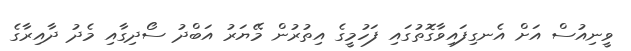
ވީނިއުސް އަށް އެނގިފައިވާގޮތުގައި ފަހުމީގެ އިތުރުން މޭޔަރު އަބްދު ސޯދިގާއި މެދު ދާއިރާގެ